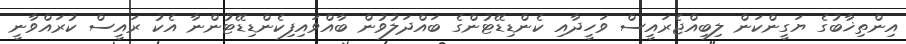
އިންތިޚާބުގެ ޔަގީންކަން ލިބިއްޖެރައީސް ވަހީދާއި ކެންޑިޑޭޓުންގެ ބައްދަލުވުން ބާއްވަައިފިކެންޑިޑޭޓުންނާ އެކު ރައީސް ކުރައްވާނީ